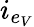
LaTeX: i_{e_{V}}